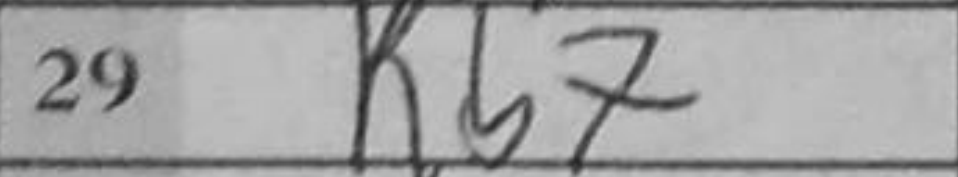
Transcription: Rh8